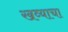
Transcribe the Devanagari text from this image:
खव्याचा